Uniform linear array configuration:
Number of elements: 8
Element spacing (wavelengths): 0.75
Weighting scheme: uniform
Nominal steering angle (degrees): -45
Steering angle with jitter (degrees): -46.475
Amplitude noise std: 0.05
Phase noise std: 0.05

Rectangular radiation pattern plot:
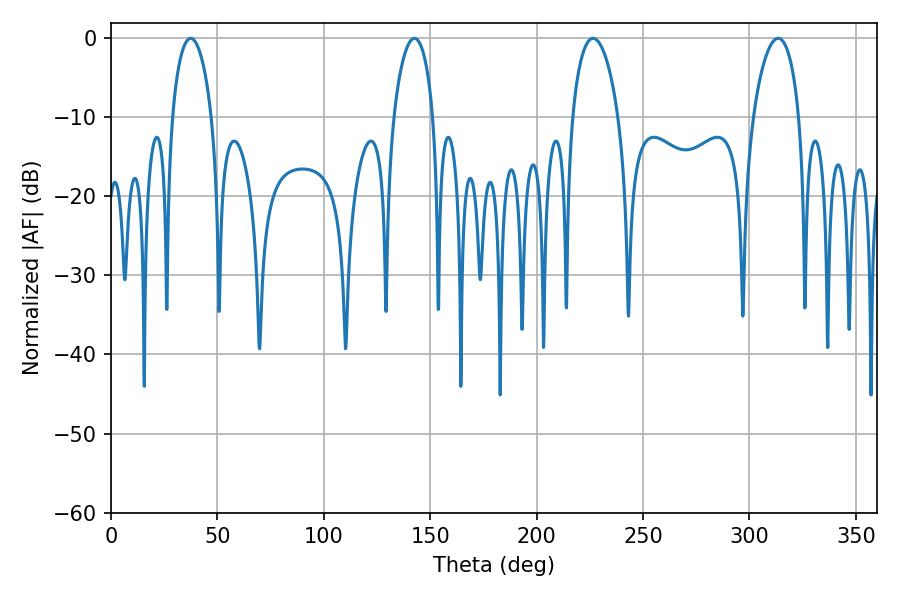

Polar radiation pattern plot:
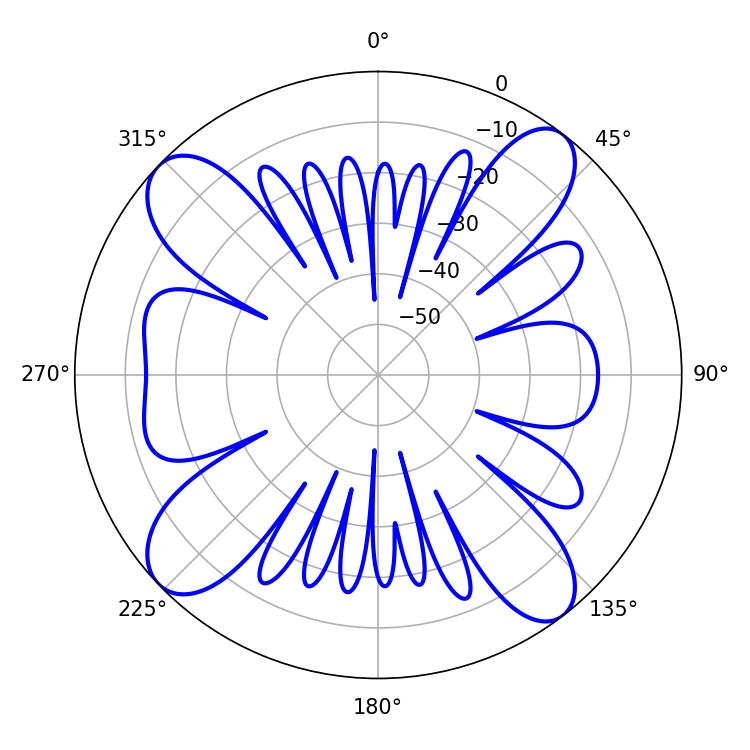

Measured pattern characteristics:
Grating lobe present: TRUE
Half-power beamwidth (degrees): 10.44
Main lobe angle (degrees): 37.44